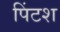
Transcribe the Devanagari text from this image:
पिंटश